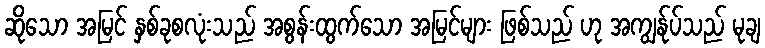
ဆိုသော အမြင် နှစ်ခုစလုံးသည် အစွန်းထွက်သော အမြင်များ ဖြစ်သည် ဟု အကျွန်ုပ်သည် မုချ